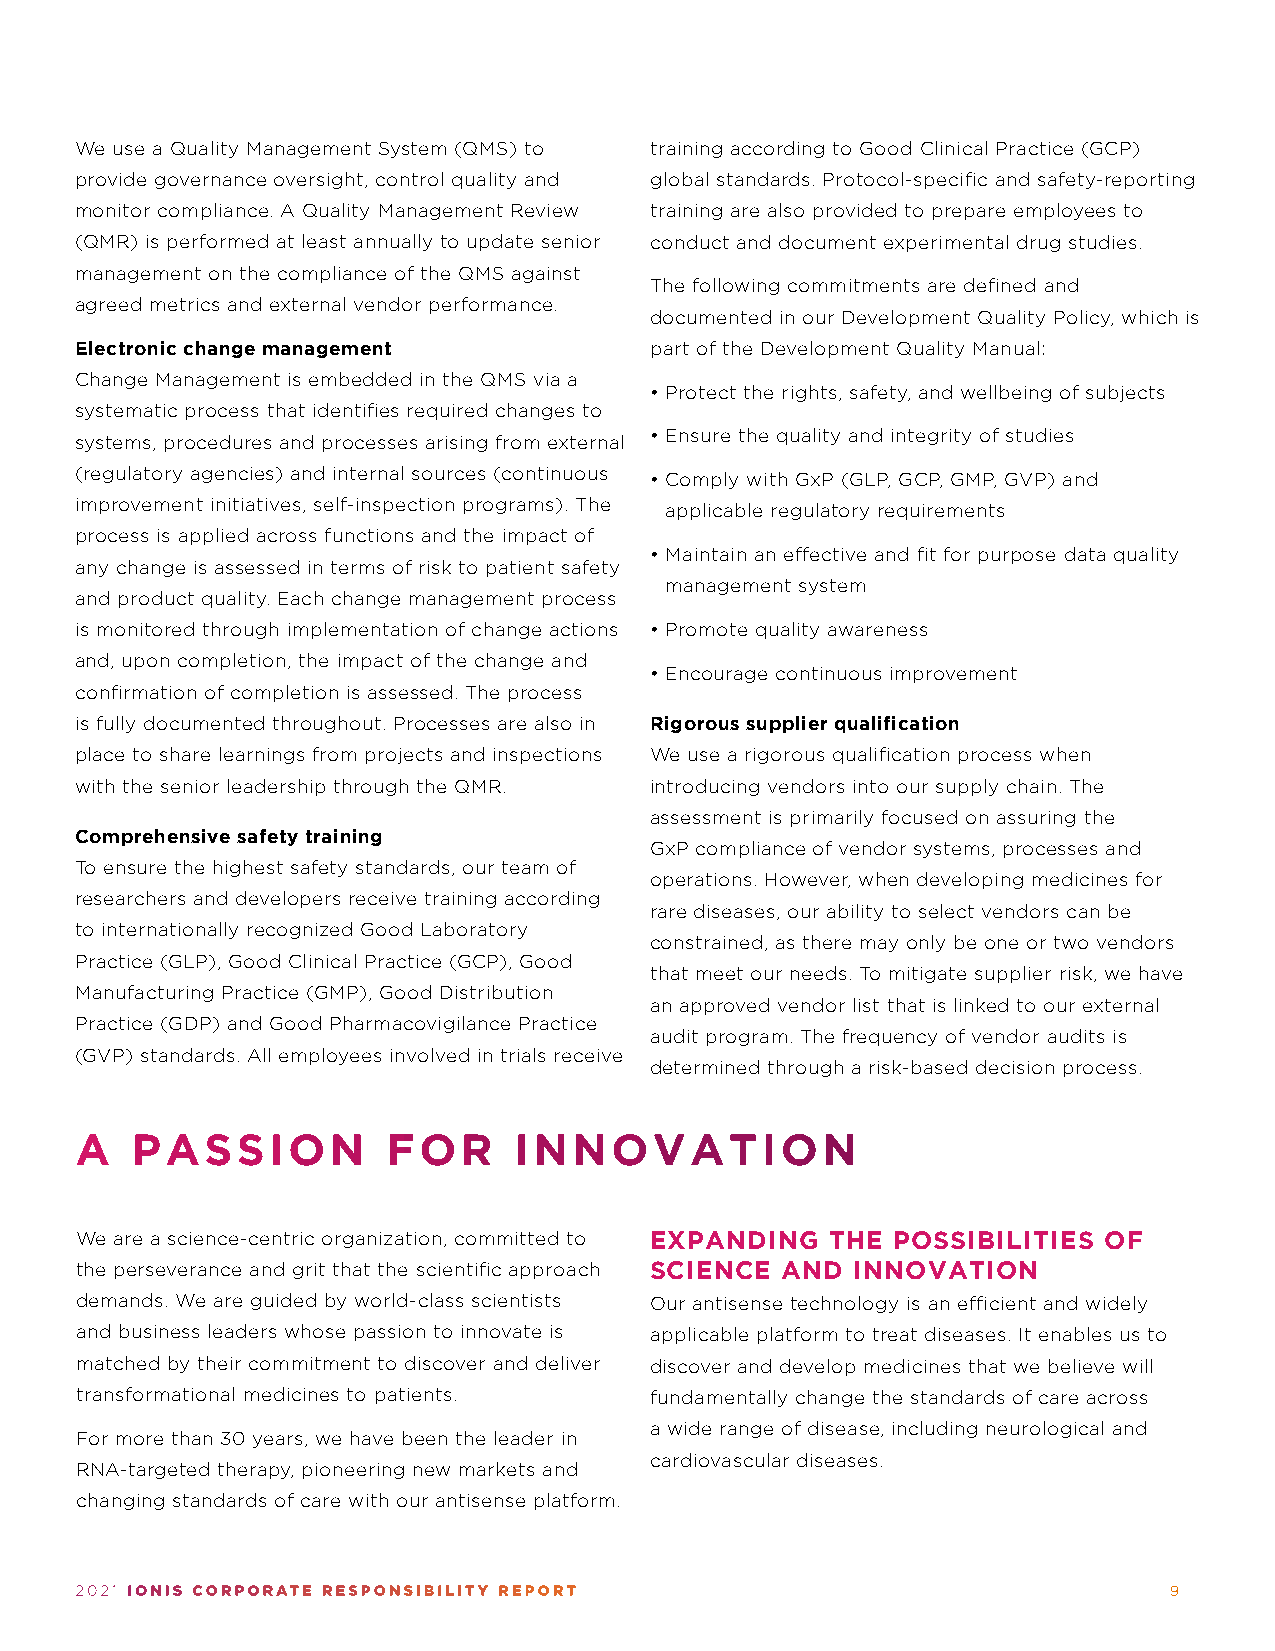
We use a Quality Management System (QMS) to training according to Good Clinical Practice (GCP)
 provide governance oversight, control quality and global standards. Protocol-specific and safety-reporting
 monitor compliance. A Quality Management Review training are also provided to prepare employees to
 (QMR) is performed at least annually to update senior conduct and document experimental drug studies.
 management on the compliance of the QMS against
 The following commitments are defined and
 agreed metrics and external vendor performance.
 documented in our Development Quality Policy, which is
 Electronic change management          part of the Development Quality Manual:
 Change Management is embedded in the QMS via a
 • Protect the rights, safety, and wellbeing of subjects
 systematic process that identifies required changes to
 systems, procedures and processes arising from external • Ensure the quality and integrity of studies
 (regulatory agencies) and internal sources (continuous
 • Comply with GxP (GLP, GCP, GMP, GVP) and
 improvement initiatives, self-inspection programs). The
 applicable regulatory requirements
 process is applied across functions and the impact of
 • Maintain an effective and fit for purpose data quality
 any change is assessed in terms of risk to patient safety
 management system
 and product quality. Each change management process
 is monitored through implementation of change actions • Promote quality awareness
 and, upon completion, the impact of the change and
 • Encourage continuous improvement
 confirmation of completion is assessed. The process
 is fully documented throughout. Processes are also in Rigorous supplier qualification
 place to share learnings from projects and inspections We use a rigorous qualification process when
 with the senior leadership through the QMR. introducing vendors into our supply chain. The
 assessment is primarily focused on assuring the
 Comprehensive safety training
 GxP compliance of vendor systems, processes and
 To ensure the highest safety standards, our team of
 operations. However, when developing medicines for
 researchers and developers receive training according
 rare diseases, our ability to select vendors can be
 to internationally recognized Good Laboratory
 constrained, as there may only be one or two vendors
 Practice (GLP), Good Clinical Practice (GCP), Good
 that meet our needs. To mitigate supplier risk, we have
 Manufacturing Practice (GMP), Good Distribution
 an approved vendor list that is linked to our external
 Practice (GDP) and Good Pharmacovigilance Practice
 audit program. The frequency of vendor audits is
 (GVP) standards. All employees involved in trials receive
 determined through a risk-based decision process.
 A   PASSION          FOR     INNOVATION
 We are a science-centric organization, committed to EXPANDING THE POSSIBILITIES OF
 the perseverance and grit that the scientific approach SCIENCE AND INNOVATION
 demands. We are guided by world-class scientists Our antisense technology is an efficient and widely
 and business leaders whose passion to innovate is applicable platform to treat diseases. It enables us to
 matched by their commitment to discover and deliver discover and develop medicines that we believe will
 transformational medicines to patients. fundamentally change the standards of care across
 a wide range of disease, including neurological and
 For more than 30 years, we have been the leader in
 cardiovascular diseases.
 RNA-targeted therapy, pioneering new markets and
 changing standards of care with our antisense platform.
 2021 IONIS CORPORATE RESPONSIBILITY REPORT                              9